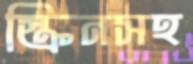
স্ক্রিনসহ